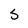
Character: S